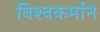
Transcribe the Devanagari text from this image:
विश्वकर्माने